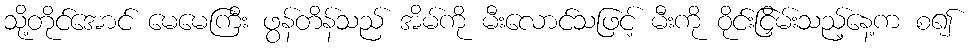
သို့တိုင်အောင် မေမေကြီး ဖွန်တိန်သည် အိမ်ကို မီးလောင်သဖြင့် မီးကို ဝိုင်းငြှိမ်းသည့်နေ့က စ၍